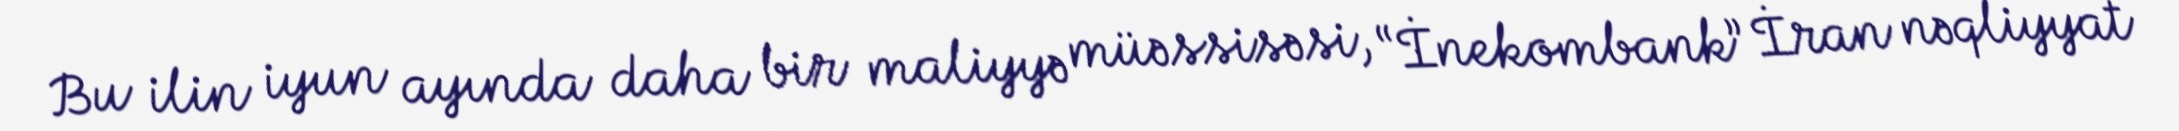
Bu ilin iyun ayında daha bir maliyyə müəssisəsi, “İnekombank” İran nəqliyyat